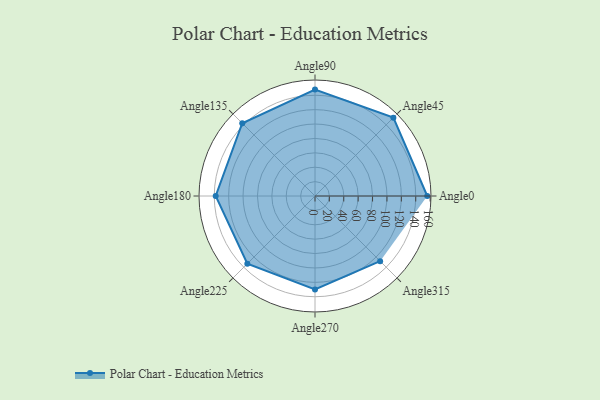
{"axis": {"x": "Angle", "y": "Radius"}, "legend": [""], "data": [{"x": "Angle0", "y": 156.0, "type": ""}, {"x": "Angle45", "y": 154.0, "type": ""}, {"x": "Angle90", "y": 148.0, "type": ""}, {"x": "Angle135", "y": 143.0, "type": ""}, {"x": "Angle180", "y": 138.0, "type": ""}, {"x": "Angle225", "y": 133.0, "type": ""}, {"x": "Angle270", "y": 130.0, "type": ""}, {"x": "Angle315", "y": 128.0, "type": ""}]}